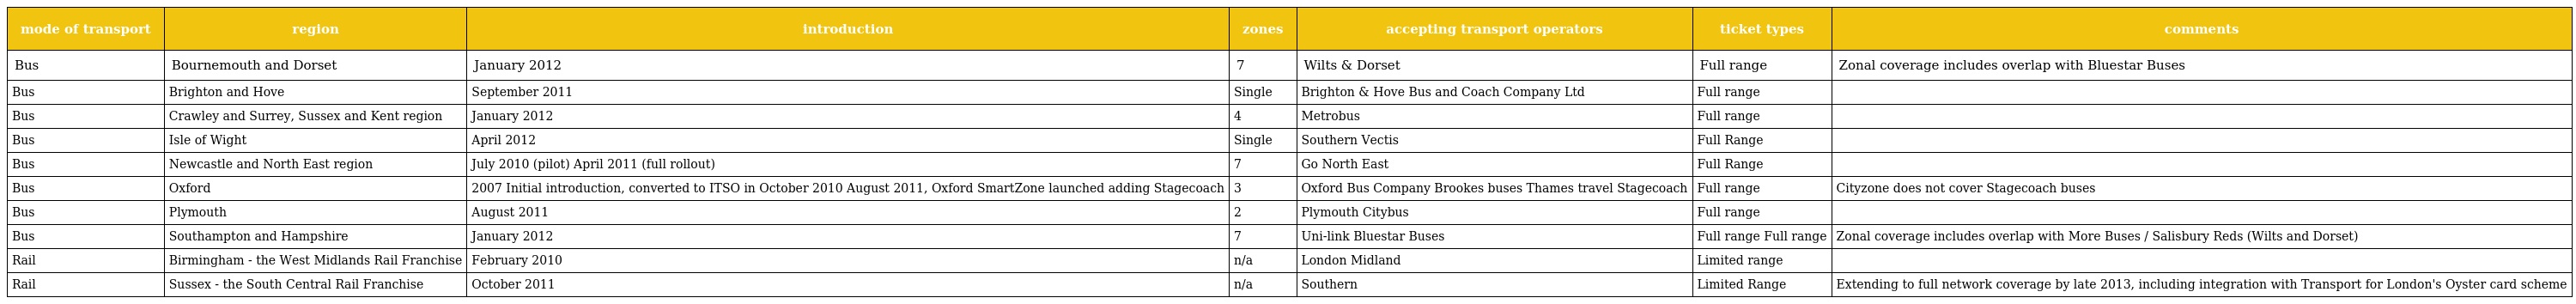
| mode of transport | region | introduction | zones | accepting transport operators | ticket types | comments |
 | --- | --- | --- | --- | --- | --- | --- |
 | Bus | Bournemouth and Dorset | January 2012 | 7 | Wilts & Dorset | Full range | Zonal coverage includes overlap with Bluestar Buses |
 | Bus | Brighton and Hove | September 2011 | Single | Brighton & Hove Bus and Coach Company Ltd | Full range |  |
 | Bus | Crawley and Surrey, Sussex and Kent region | January 2012 | 4 | Metrobus | Full range |  |
 | Bus | Isle of Wight | April 2012 | Single | Southern Vectis | Full Range |  |
 | Bus | Newcastle and North East region | July 2010 (pilot) April 2011 (full rollout) | 7 | Go North East | Full Range |  |
 | Bus | Oxford | 2007 Initial introduction, converted to ITSO in October 2010 August 2011, Oxford SmartZone launched adding Stagecoach | 3 | Oxford Bus Company Brookes buses Thames travel Stagecoach | Full range | Cityzone does not cover Stagecoach buses |
 | Bus | Plymouth | August 2011 | 2 | Plymouth Citybus | Full range |  |
 | Bus | Southampton and Hampshire | January 2012 | 7 | Uni-link Bluestar Buses | Full range Full range | Zonal coverage includes overlap with More Buses / Salisbury Reds (Wilts and Dorset) |
 | Rail | Birmingham - the West Midlands Rail Franchise | February 2010 | n/a | London Midland | Limited range |  |
 | Rail | Sussex - the South Central Rail Franchise | October 2011 | n/a | Southern | Limited Range | Extending to full network coverage by late 2013, including integration with Transport for London's Oyster card scheme |